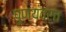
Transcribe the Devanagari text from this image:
पुण्यव्रत